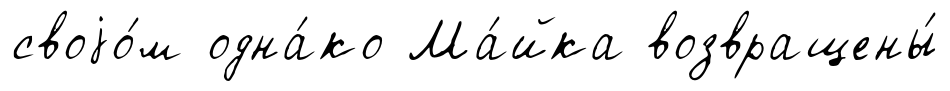
своjо́м одна́ко Ма́йка возвращены́